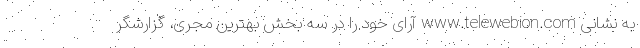
به نشانی www.telewebion.com آرای خود را در سه بخش بهترین مجری، گزارشگر